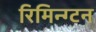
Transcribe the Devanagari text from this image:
रिमिन्ग्टन